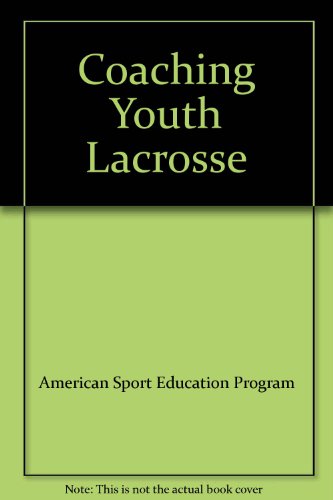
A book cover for Coaching Youth Lacrosse; American Sport Education Program; Sports & Outdoors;